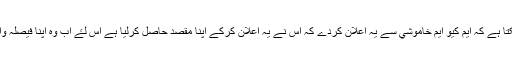
يہ بھي ہو سکتا ہے کہ ايم کيو ايم خاموشي سے يہ اعلان کردے کہ اس نے يہ اعلان کرکے اپنا مقصد حاصل کرليا ہے اس لۓ اب وہ اپنا فيصلہ واپس ليتي ہے۔